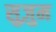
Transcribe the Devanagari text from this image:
सुज़ुम